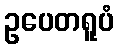
ဥပေတရူပံ